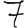
Digit: 7